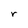
Character: r